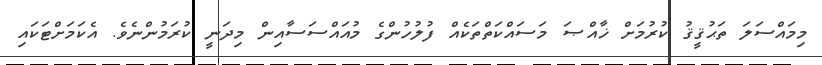
މިމައްސަލަ ތަޙުޤީޤު ކުރުމަށް ޚާއްޞަ މަސައްކަތްތަކެއް ފުލުހުންގެ މުއައްސަސާއިން މިދަނީ ކުރަމުންނެވެ. އެކަމަށްޓަކައި